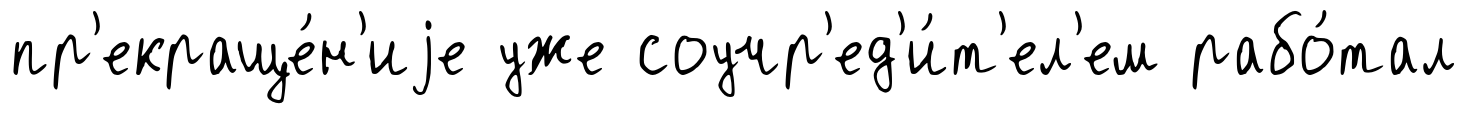
пр'екраще́н'иjе уже соучр'ед'и́т'ел'ем рабо́тал